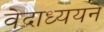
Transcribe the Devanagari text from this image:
वेदाध्ययने